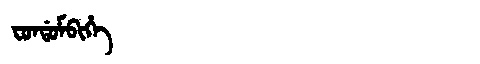
Manchu: ᠸᠣᠨᡩᠣᠮᠪᡳᡥᡝ
Romanization: FONDOMBIHE